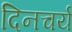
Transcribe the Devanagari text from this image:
दिनचर्य